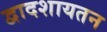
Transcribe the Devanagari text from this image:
द्वादशायतन